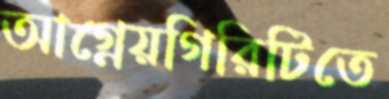
আগ্নেয়গিরিটিতে